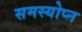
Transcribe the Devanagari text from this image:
समस्योप्न